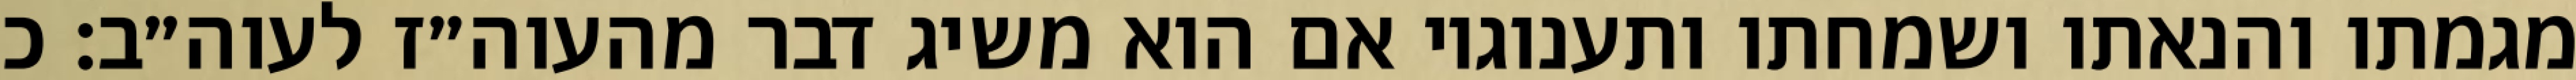
מגמתו והנאתו ושמחתו ותענוגיו אם הוא משיג דבר מהעוה״ז לעוה״ב: כ